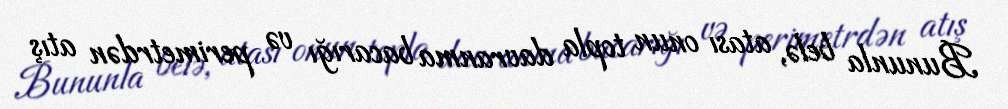
Bununla belə, atası onun topla davranma bacarığı və perimetrdən atış